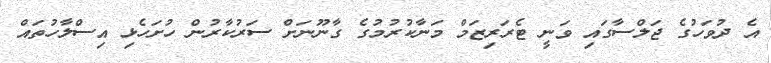
އެ ދުވަހުގެ ޖަލްސާގައި ވަނީ ޓެރަރިޒަމް މަނާކުރުމުގެ ގާނޫނަށް ސަރުކާރުން ހުށަހެޅި އިސްލާހުތައް